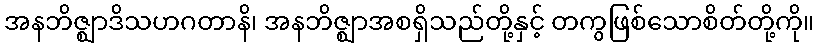
အနဘိဇ္ဈာဒိသဟဂတာနိ၊ အနဘိဇ္ဈာအစရှိသည်တို့နှင့် တကွဖြစ်သောစိတ်တို့ကို။